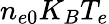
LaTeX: n_{e0}K_{B}T_{e}